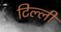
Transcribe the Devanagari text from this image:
टिल्ली